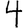
Digit: 4